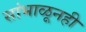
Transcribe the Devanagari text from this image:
सांभाळूनही